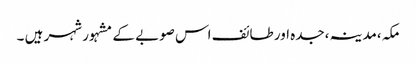
مکہ،مدینہ،جدہ اور طائف اس صوبے کے مشہور شہر ہیں ۔